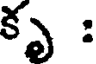
కృ :